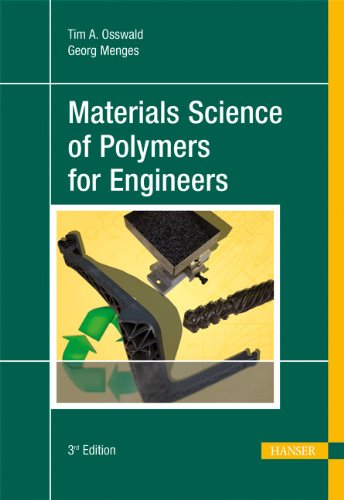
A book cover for Materials Science of Polymers for Engineers 3E; Tim Osswald; Engineering & Transportation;